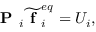
\textbf { P } _ { i } \widetilde { \textbf { f } } _ { i } ^ { e q } = U _ { i } ,